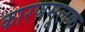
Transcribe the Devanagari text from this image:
कारणमूलक